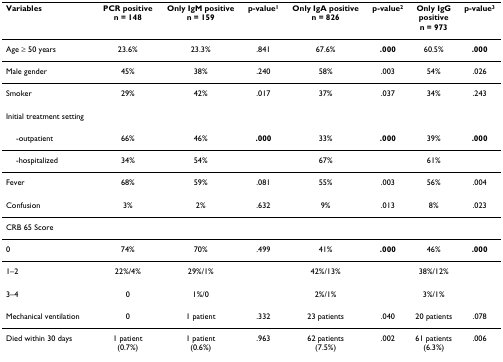
| Variables | PCR positiven = 148 | Only IgM positiven = 159 | p-value1 | Only IgA positiven = 826 | p-value2 | Only IgGpositiven = 973 | p-value3 |
 | --- | --- | --- | --- | --- | --- | --- | --- |
 | Age ≥ 50 years | 23.6% | 23.3% | .841 | 67.6% | .000 | 60.5% | .000 |
 | Male gender | 45% | 38% | .240 | 58% | .003 | 54% | .026 |
 | Smoker | 29% | 42% | .017 | 37% | .037 | 34% | .243 |
 | Initial treatment setting |  |  |  |  |  |  |  |
 | -outpatient | 66% | 46% | .000 | 33% | .000 | 39% | .000 |
 | -hospitalized | 34% | 54% |  | 67% |  | 61% |  |
 | Fever | 68% | 59% | .081 | 55% | .003 | 56% | .004 |
 | Confusion | 3% | 2% | .632 | 9% | .013 | 8% | .023 |
 | CRB 65 Score |  |  |  |  |  |  |  |
 | 0 | 74% | 70% | .499 | 41% | .000 | 46% | .000 |
 | 1–2 | 22%/4% | 29%/1% |  | 42%/13% |  | 38%/12% |  |
 | 3–4 | 0 | 1%/0 |  | 2%/1% |  | 3%/1% |  |
 | Mechanical ventilation | 0 | 1 patient | .332 | 23 patients | .040 | 20 patients | .078 |
 | Died within 30 days | 1 patient(0.7%) | 1 patient(0.6%) | .963 | 62 patients(7.5%) | .002 | 61 patients(6.3%) | .006 |